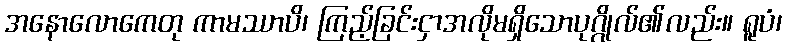
အနောလောကေတု ကာမဿာပိ၊ ကြည့်ခြင်းငှာအလိုမရှိသောပုဂ္ဂိုလ်၏လည်း။ ရူပံ၊